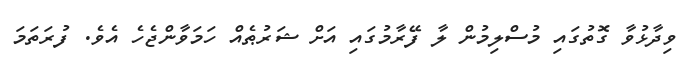
ވިދާޅުވާ ގޮތުގައި މުސްލިމުން ލާ ފޭރާމުގައި އަށް ޝަރުޠެއް ހަމަވާންޖެހެ އެވެ. ފުރަތަމަ